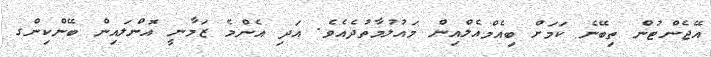
އޭޖެންޓުން ތިބޭނެ ކަމަށް ބިއެމްއެލްއިން މައުލުމާތުދެއެވެ. އަދި އެންމެ ޒަމާނީ އޮންލައިން ބޭންކިންގ